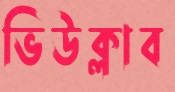
ভিউক্লাব